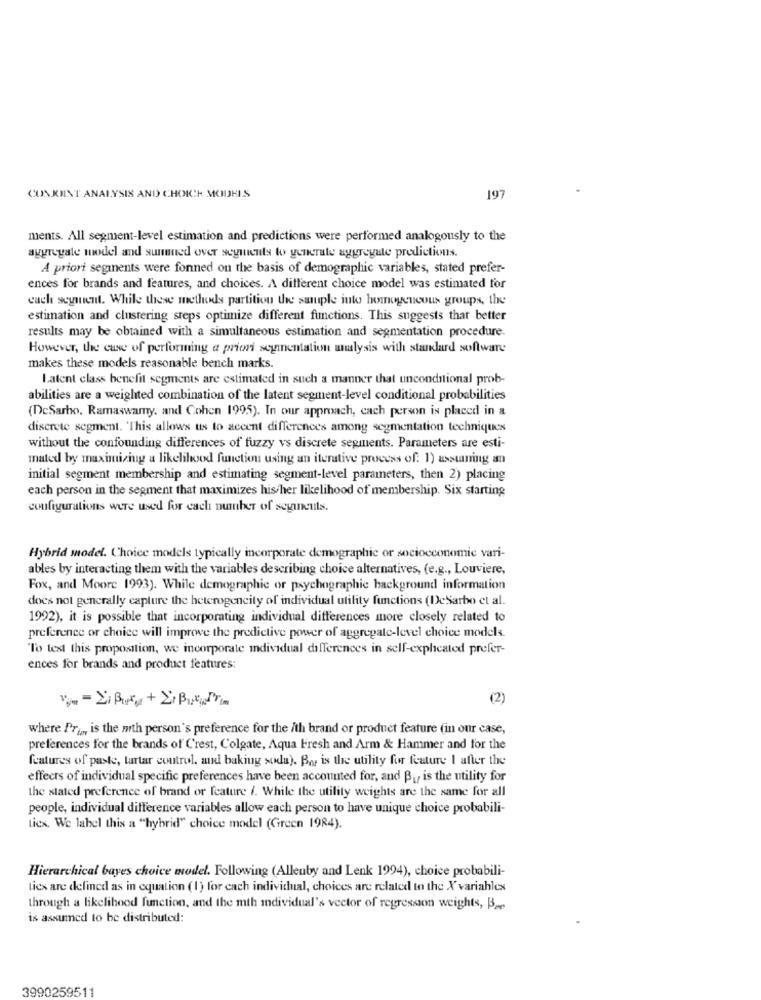
CONKINT ANALYSIS AND CHOICH MODHIS
197
ments. All segment-level estimation and predictions were performed analogously to the
aggregate model and sunned over segments to generate aggregate predictions.
A priori seginents were fonned on the basis of demographic variables, stated prefer-
ences for brands and features, and choices. A different choice model was estimated for
euch segment. While these methods partition the souple into homogeneous groups, the
estimation and clustering steps optimize different functions. This suggests that better
results may be obtained with a simultaneous estimation and segmentation procedure.
However, the case of performing a priori segmentation analysis with standard software
makes these models reasonable bench marks.
Latent class benefit segments are estimated in such a manner that unconditional prob-
abilities are a weighted combination of the latent segment-level conditional probabilities
(DeSarbo, Ramaswamy, and Cohen 1995). In our approach, cach person is placed in a
discrete segment. 'This allows us to accent differences among segmentation techniques
without the confounding differences of fuzzy vs discrete segments. Parameters are esti-
mated by maximizing a likelihood function using an iterative process of. 1) assuming an
initial segment membership and estimating segment-level parameters, then 2) placing
each person in the segment that maximizes his/her likelihood of membership. Six starting
configurations were used for each number of seguncuts.
Hybrid model. Choice models typically incorporate demographic or socioeconomic vari-
ables by interacting them with the variables describing choice alternatives, (e.g ., Louviere,
Fox, and Moore 1993). While demographic or psychographic background information
does not generally capture the heterogeneity of individual utility functions (DeSarbo et al.
1992), it is possible that incorporating individual differences more closely related to
preference or choice will improve the predictive power of aggregate-level choice models.
"To test this proposition, we incorporate individual differences in self-explicated prefer-
ences for brands and product features:
(2)
where Pra, is the mth person's preference for the ith brand or product feature (in our case,
preferences for the brands of Crest, Colgate, Aqua Fresh and Arm & Hammer and for the
features of paste, tartar control, and baking soda). Boy is the utility for feature I after the
effects of individual specific preferences have been accounted for, and B1, is the utility for
the stated preference of brand or feature /. While the utility weights are the same for all
people, individual difference variables allow each person to have unique choice probabili-
Licx. We label this a "hybrid" choice model (Green 1984).
Hierarchical bayes choice model. Following (Alleuby and Lenk 1994), choice probabili-
tics are defined as in equation (1) for each individual, choices are related to the X variables
through a likelihood function, and the mth individual's vector of regression weights, Be
is assumed to be distributed:
3990259511